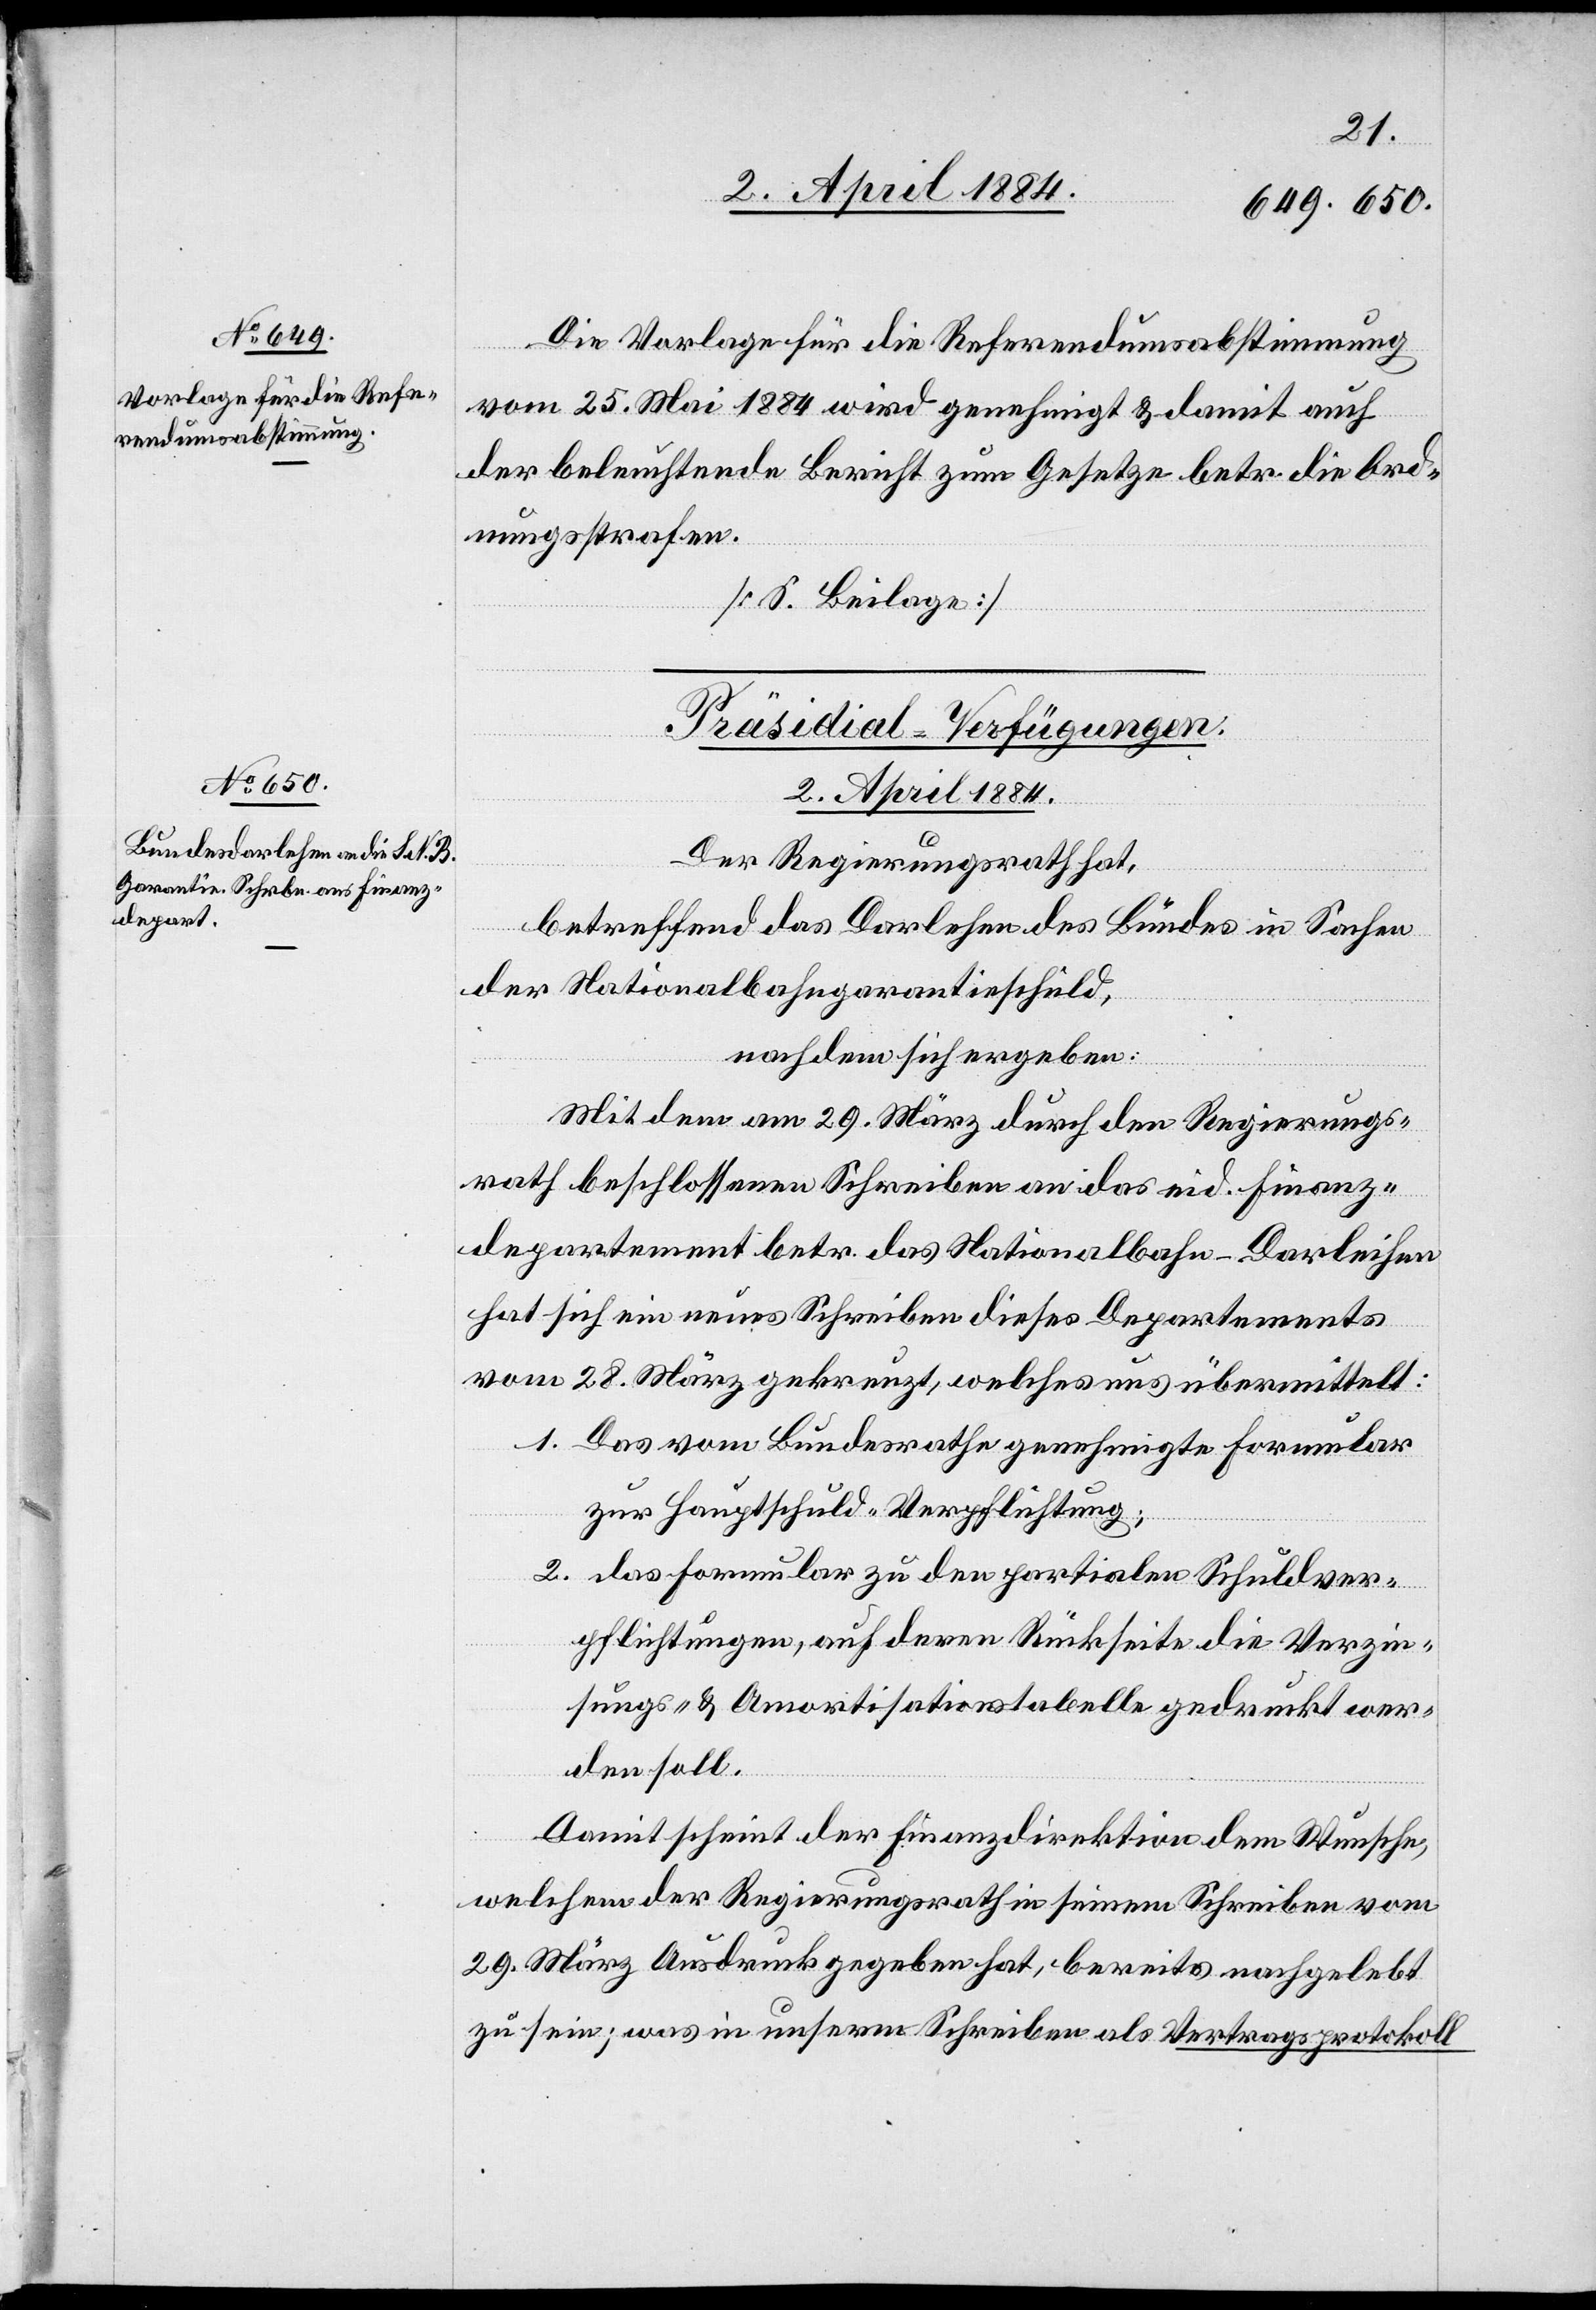
Die Vorlage für die Referendumsabstimmung
vom 25. Mai 1884 wird genehmigt & damit auch
der beleuchtende Bericht zum Gesetze betr. die Ord¬
nungsstrafen.
[siehe Beilage]
Präsidial-Verfügungen.
2. April 1884.
Der Regierungsrath hat,
betreffend das Darlehen des Bundes in Sachen
der Nationalbahngarantieschuld,
nach dem sich ergeben:
Mit dem am 29. März durch den Regierungs¬
rath beschlossenen Schreiben an das eid. Finanz¬
departement betr. das Nationalbahn-Darleihen
hat sich ein neues Schreiben dieses Departements
vom 28. März gekreuzt, welches uns übermittelt:
1. Das vom Bundesrathe genehmigte Formular
zur Hauptschuld-Verpflichtung;
2. das Formular zu den partialen Schuldver¬
pflichtungen, auf deren Rückseite die Verzin¬
sungs- & Amortisationstabelle gedruckt wer¬
den soll.
Damit scheint der Finanzdirektion dem Wunsche,
welchem der Regierungsrath in seinem Schreiben vom
29. März Ausdruck gegeben hat, bereits nachgelebt
zu sein; was in unserm Schreiben als Vertragsprotokoll